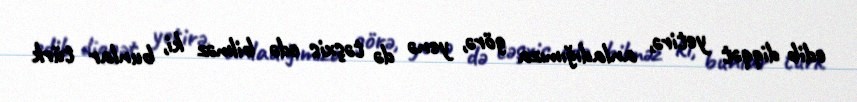
edib diqqət yetirə, anladığımıza görə, yenə də təşxis edə bilməz ki, bunlar türk